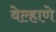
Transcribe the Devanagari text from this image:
वेल्हाणे